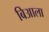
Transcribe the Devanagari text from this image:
बिआला